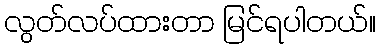
လွတ်လပ်ထားတာ မြင်ရပါတယ်။